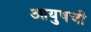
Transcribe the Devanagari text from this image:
आयुषची